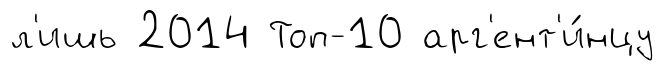
л'ишь 2014 Топ-10 арг'ент'и́нцу